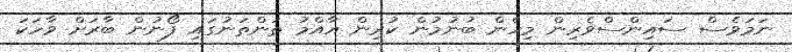
ނަމަވެސް ސައިންސްވެރިން މިހެން ބުނުމުން ކުރިން އާއްމު ތަންތަނުގައި ފޯނުން ބާރަށް ވާހަކަ